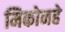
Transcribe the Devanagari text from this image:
मिकोनहे